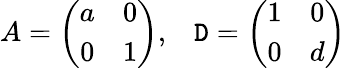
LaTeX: A=\left(\begin{array}{cc}{{a}}&{{0}}\\ {{0}}&{{1}}\end{array}\right),\; \; \; \mathtt{D}=\left(\begin{array}{cc}{{1}}&{{0}}\\ {{0}}&{{d}}\end{array}\right)